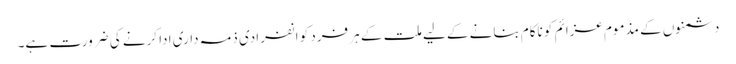
دشمنوں کے مذموم عزائم کو ناکام بنانے کے لیے ملت کے ہر فرد کو انفرادی ذمہ داری ادا کرنے کی ضرورت ہے۔